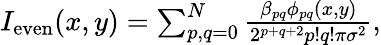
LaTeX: \begin{array}{r}{I_{\mathrm{even}}(x,y)=\sum_{p,q=0}^{N}\frac{\beta_{pq}\phi_{pq}(x,y)}{2^{p+q+2}p!q!\pi\sigma^{2}},}\end{array}